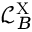
\mathcal { L } _ { B } ^ { \mathrm { X } }